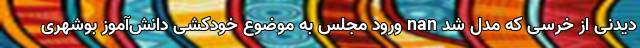
دیدنی از خرسی که مدل شد nan ورود مجلس به موضوع خودکشی دانش‌آموز بوشهری